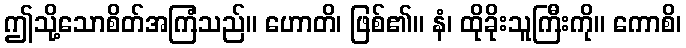
ဤသို့သောစိတ်အကြံသည်။ ဟောတိ၊ ဖြစ်၏။ နံ၊ ထိုခိုးသူကြီးကို။ ကောစိ၊